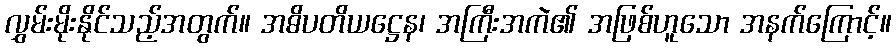
လွှမ်းမိုးနိုင်သည့်အတွက်။ အဓိပတိယဋ္ဌေန၊ အကြီးအကဲ၏ အဖြစ်ဟူသော အနက်ကြောင့်။